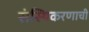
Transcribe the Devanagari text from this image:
संस्थिकरणाची